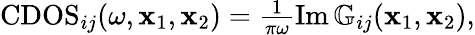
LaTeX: \begin{array}{r}{\mathrm{CDOS}_{ij}(\omega,\mathbf{x}_{1},\mathbf{x}_{2})=\frac{1}{\pi\omega}\operatorname{Im}\mathbb{G}_{ij}(\mathbf{x}_{1},\mathbf{x}_{2}),}\end{array}